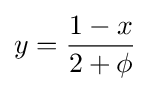
y={\frac {1-x}{2+\phi }}